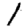
Digit: 1